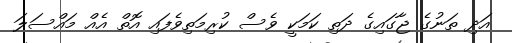
އަދި ތަނުގެ ޖާގައިގެ ދަތި ކަމަކީ ވެސް ކުރިމަތިވެފައި އޮތް އެއް މައްސަލަ